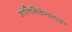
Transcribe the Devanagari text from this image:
शांतिनिकेतनाचा